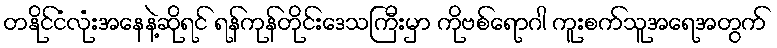
တနိုင်ငံလုံးအနေနဲ့ဆိုရင် ရန်ကုန်တိုင်းဒေသကြီးမှာ ကိုဗစ်ရောဂါ ကူးစက်သူအရေအတွက်